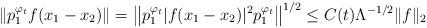
LaTeX: \begin{align*} \Vert p_{1}^{\varphi_{t}} f(x_1-x_2)\Vert = \left\Vert p_{1}^{\varphi_{t}} |f(x_1-x_2)|^2 p_{1}^{\varphi_{t}} \right\Vert^{1/2}\leq C(t)\Lambda^{-1/2} \Vert f\Vert_2\end{align*}